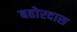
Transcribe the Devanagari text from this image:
बहोरदास